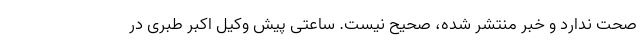
صحت ندارد و خبر منتشر شده، صحیح نیست. ساعتی پیش وکیل اکبر طبری در